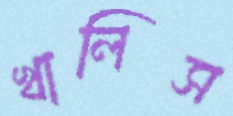
খালিস